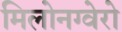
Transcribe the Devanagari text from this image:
मिलोनग्वेरो